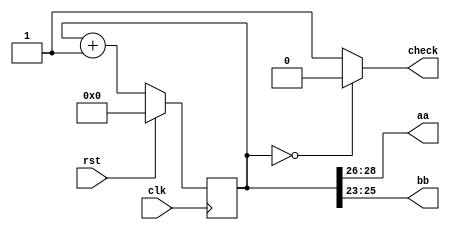
/*
   This file was generated automatically by the Mojo IDE version B1.3.6.
   Do not edit this file directly. Instead edit the original Lucid source.
   This is a temporary file and any changes made to it will be destroyed.
*/

module blinker_7 (
    input clk,
    input rst,
    output reg [2:0] aa,
    output reg [2:0] bb,
    output reg check
  );
  
  
  
  reg [28:0] M_counter_d, M_counter_q = 1'h0;
  
  always @* begin
    M_counter_d = M_counter_q;
    
    check = 1'h1;
    if (M_counter_q == 1'h0) begin
      check = 1'h0;
    end
    aa = M_counter_q[26+2-:3];
    bb = M_counter_q[23+2-:3];
    M_counter_d = M_counter_q + 1'h1;
  end
  
  always @(posedge clk) begin
    if (rst == 1'b1) begin
      M_counter_q <= 1'h0;
    end else begin
      M_counter_q <= M_counter_d;
    end
  end
  
endmodule